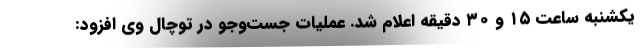
یکشنبه ساعت ۱۵ و ۳۰ دقیقه اعلام شد. عملیات جست‌وجو در توچال وی افزود: